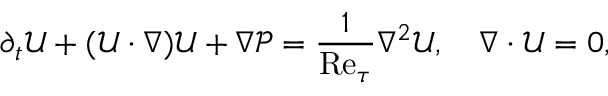
\partial _ { t } \boldsymbol { \mathcal { U } } + ( \boldsymbol { \mathcal { U } } \cdot \nabla ) \boldsymbol { \mathcal { U } } + \nabla \mathcal { P } = \frac { 1 } { \mathrm { R e } _ { \tau } } \nabla ^ { 2 } \boldsymbol { \mathcal { U } } , \quad \nabla \cdot \boldsymbol { \mathcal { U } } = 0 ,